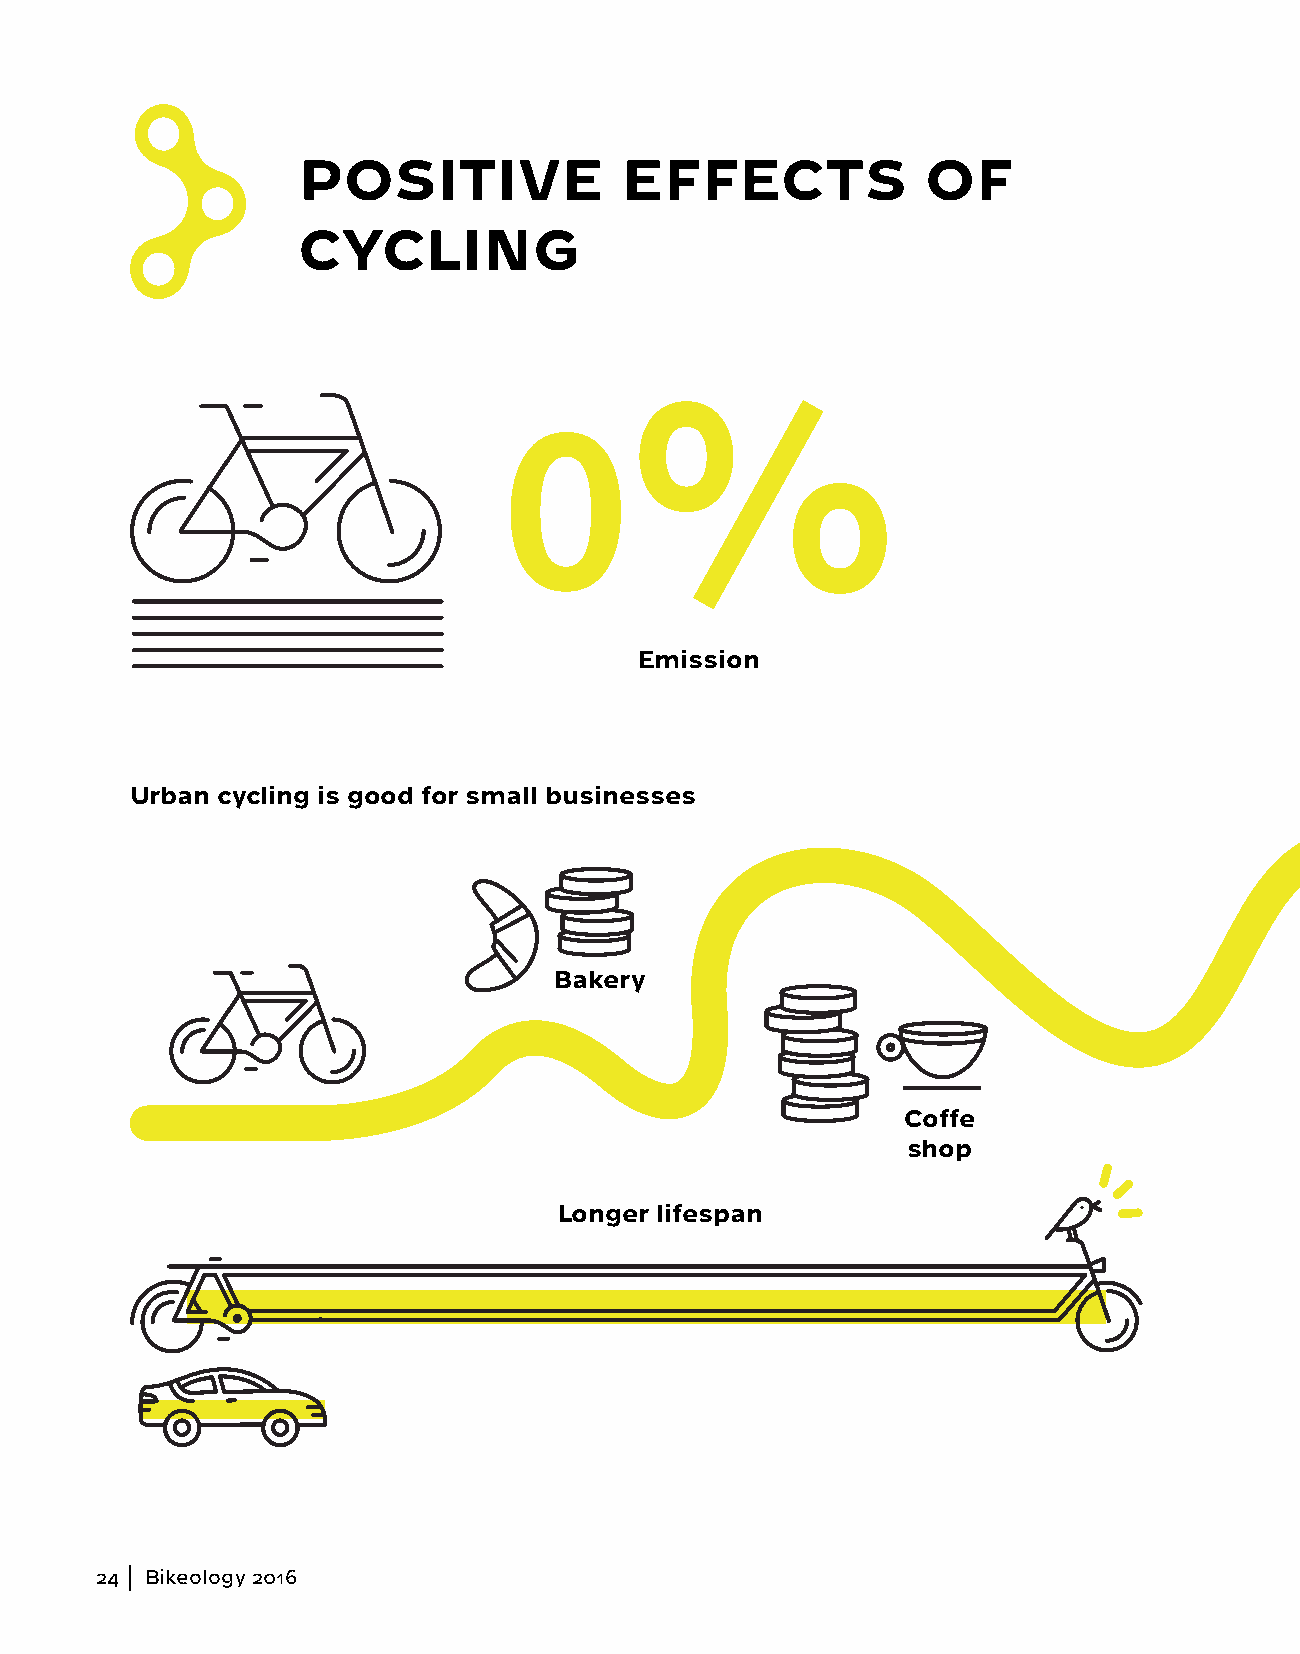
POSITIVE             EFFECTS             OF
 CYCLING
 0
 Emission
 Urban cycling is good for small businesses
 Bakery
 Coffe
 shop
 Longer lifespan
 24  Bikeology 2016